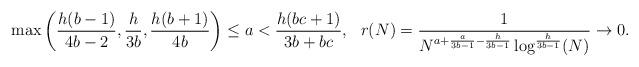
LaTeX: \begin{align*} \max\left(\frac{h(b-1)}{4b-2},\frac{h}{3b},\frac{h(b+1)}{4b}\right) &\le a < \frac{h(bc+1)}{3b+bc}, & r(N)&=\frac{1}{N^{a+\frac{a}{3b-1}-\frac{h}{3b-1}}\log^{\frac{h}{3b-1}}(N)} \rightarrow 0. \end{align*}